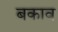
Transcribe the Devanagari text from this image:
बकाव